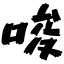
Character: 唆